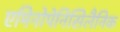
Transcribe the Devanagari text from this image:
एमिनोपेनिसिलैनिक